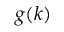
g ( k )